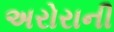
અરોરાની